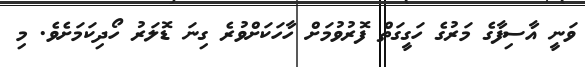
ވަނީ އާސިފާގެ މަރުގެ ހަގީގަތް ފޮރުވުމަށް ހާހަކަށްވުރެ ގިނަ ޑޮލަރު ހޯދިކަމަށެވެ. މި